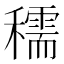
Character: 穤